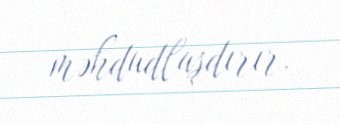
məhdudlaşdırır.